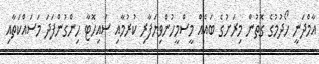
އާމްދަނީ ހޯދުމުގެ ގޮތުން މިރަށުގެ ބައެއް މީސްމީހުންވިޔަފާރި ކުރުމާއި ސައިހޮޓާ ހިންގުންފަދަ މަސައްކަތާއި